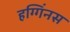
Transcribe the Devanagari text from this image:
हग्गिंनस